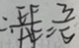
\therefore \frac { E F } { A F } = \frac { 3 } { 5 }